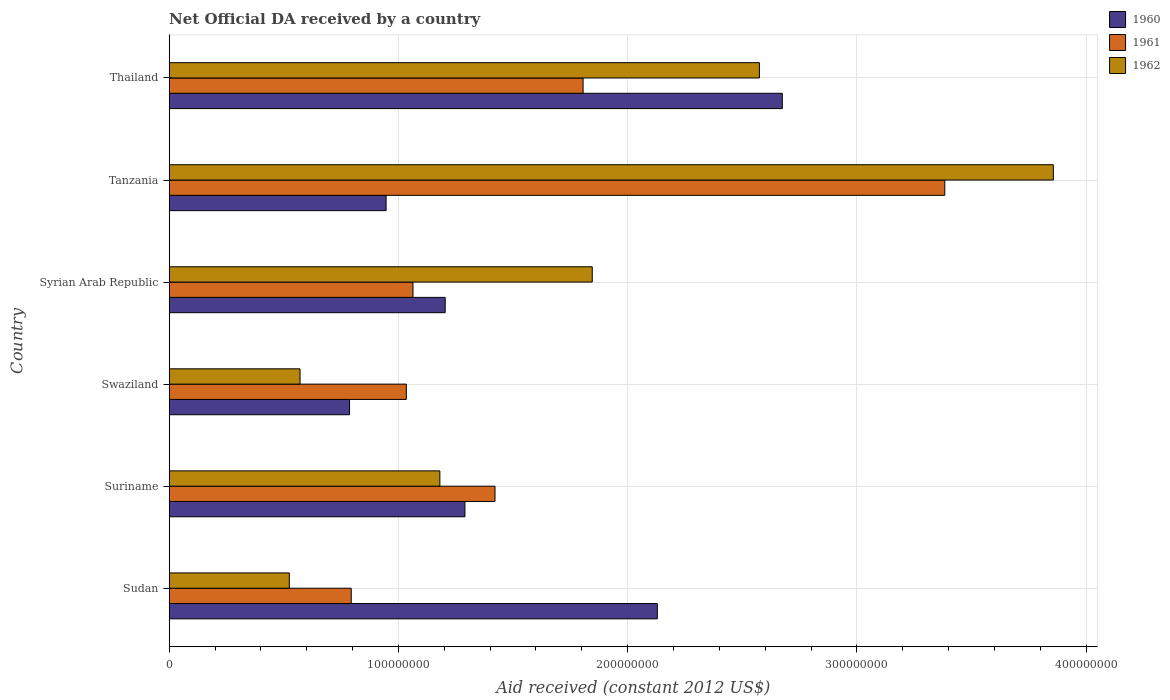
| Country | 1960 | 1961 | 1962 |
 | --- | --- | --- | --- |
 | Sudan | 2.13e+08 | 7.94e+07 | 5.24e+07 |
 | Suriname | 1.29e+08 | 1.42e+08 | 1.18e+08 |
 | Swaziland | 7.87e+07 | 1.03e+08 | 5.71e+07 |
 | Syrian Arab Republic | 1.2e+08 | 1.06e+08 | 1.85e+08 |
 | Tanzania | 9.46e+07 | 3.38e+08 | 3.86e+08 |
 | Thailand | 2.67e+08 | 1.81e+08 | 2.57e+08 |